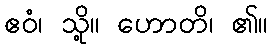
ဧဝံ၊ သို့။ ဟောတိ၊ ၏။